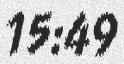
15:49